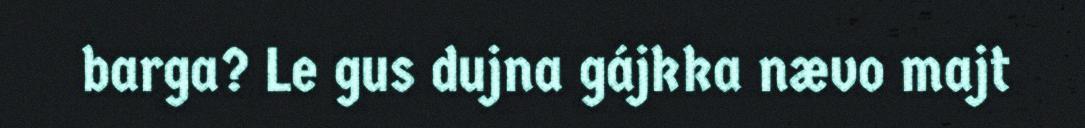
barga? Le gus dujna gájkka nævo majt